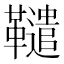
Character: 䪈